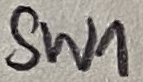
Text: SW1